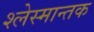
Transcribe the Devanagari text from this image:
श्लेस्मान्तक